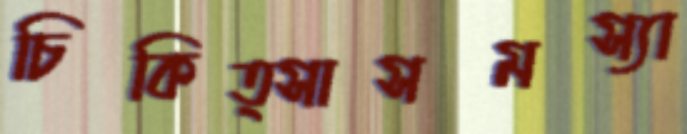
চিকিত্সাসমস্যা